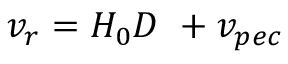
v _ { r } = H _ { 0 } D \ + v _ { p e c }